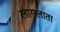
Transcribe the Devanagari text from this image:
लागलाता